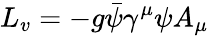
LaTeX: L_{v}=-g{\bar{\psi}}\gamma^{\mu}\psi A_{\mu}